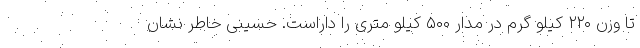
تا وزن ۲۲۰ کیلو گرم در مدار ۵۰۰ کیلو متری را داراست. حسینی خاطر نشان